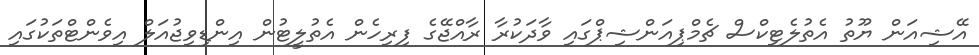
އޭޝިއަން ޔޫތު އެތުލެޓިކްސް ޗެމްޕިއަންޝިޕްގައި ވާދަކުރާ ރާއްޖޭގެ ފިރިހެން އެތުލީޓުން އިންޑިވިޖުއަލް އިވެންޓްތަކުގައި